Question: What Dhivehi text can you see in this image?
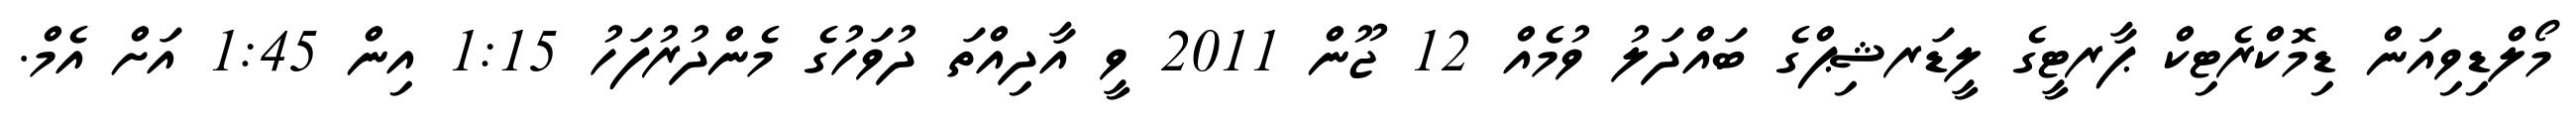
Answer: މޯލްޑިވިއަން ޑިމޮކްރެޓިކް ޕާރޓީގެ ލީޑަރޝިޕްގެ ބައްދަލު ވުމެއް 12 ޖޫން 2011 ވީ އާދިއްތަ ދުވަހުގެ މެންދުރުފަހު 1:15 އިން 1:45 އަށް އެމް.